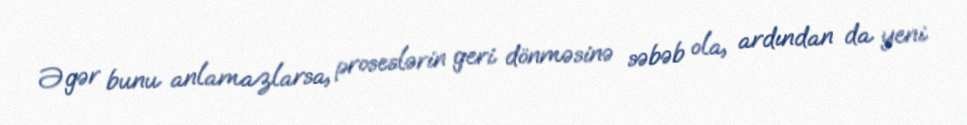
Əgər bunu anlamazlarsa, proseslərin geri dönməsinə səbəb ola, ardından da yeni